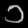
Digit: ၁